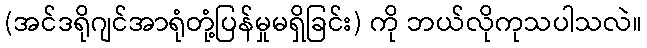
(အင်ဒရိုဂျင်အာရုံတုံ့ပြန်မှုမရှိခြင်း) ကို ဘယ်လိုကုသပါသလဲ။